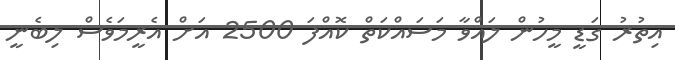
އިތުރު ގަޑީ މީހުން ލައްވާ މަސައްކަތް ކޮއްފަ 2500 އަށް އެރީމަވެސް ލިބެނީ